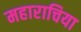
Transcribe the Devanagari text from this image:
महाराचिया